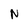
Character: N